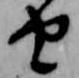
由